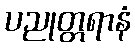
ပညုတ္တရာနံ